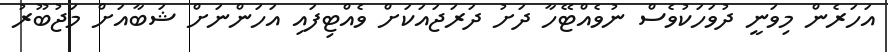
އަހަރެން މިވަނީ ދުވަހަކުވެސް ނުވެއްޓޭހާ ދަށު ދަރަޖައަކަށް ވެއްޓިފައި އަހަންނަށް ޝަބާއަށް މަޖުބޫރު